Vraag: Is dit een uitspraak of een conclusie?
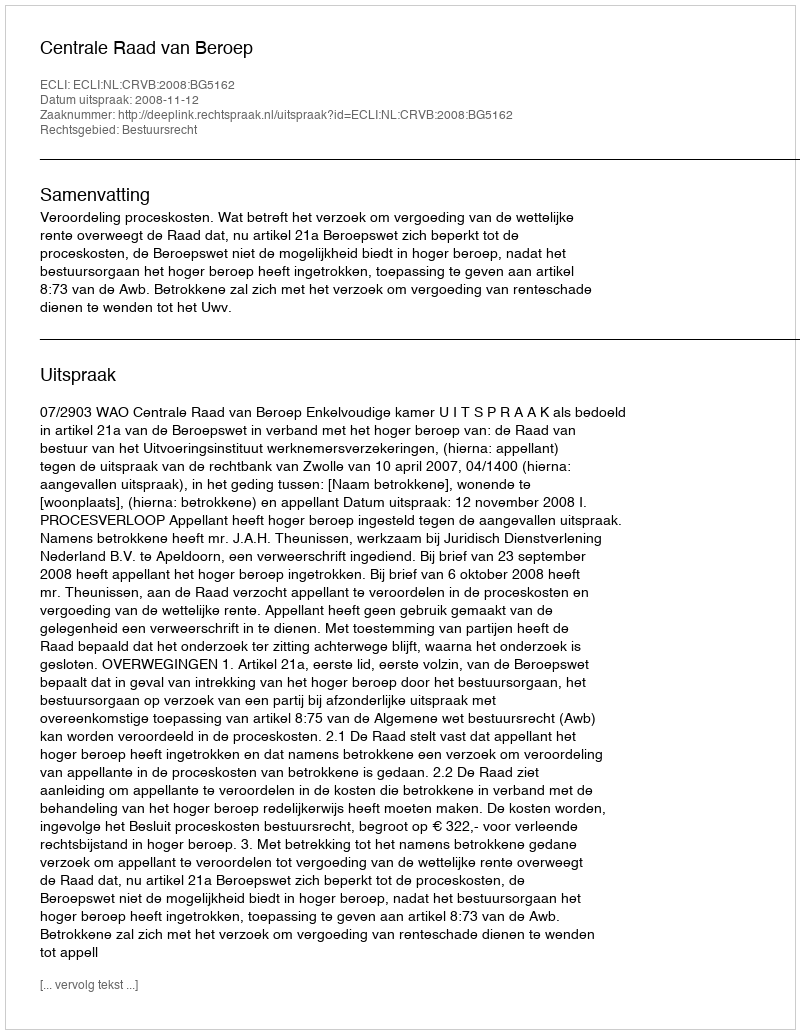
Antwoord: Uitspraak